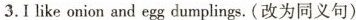
3.Ilike onion and egg dumplings.(改为同义句)